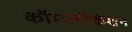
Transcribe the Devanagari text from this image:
कॉम्प्लीकेशन